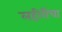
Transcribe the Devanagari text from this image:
लहीरींचा